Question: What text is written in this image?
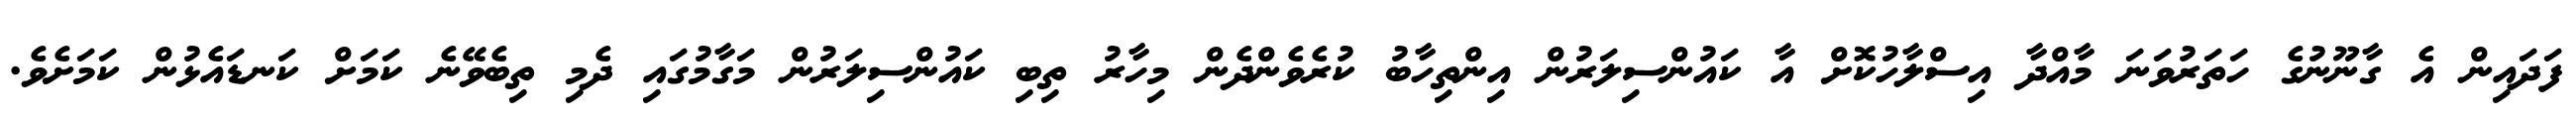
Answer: ފަދައިން އެ ގާނޫނުގެ ހަތަރުވަނަ މާއްދާ އިސްލާހުކޮށް އާ ކައުންސިލަރުން އިންތިހާބު ކުރެވެންދެން މިހާރު ތިބި ކައުންސިލަރުން މަގާމުގައި ދެމި ތިބެވޭނެ ކަމަށް ކަނޑައެޅުން ކަމަށެވެ.